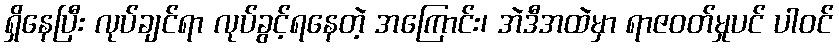
ရှိနေပြီး လုပ်ချင်ရာ လုပ်ခွင့်ရနေတဲ့ အကြောင်း၊ အဲဒီအထဲမှာ ရာဇဝတ်မှုပင် ပါဝင်